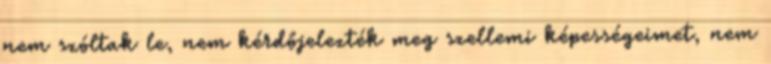
nem szóltak le, nem kérdőjelezték meg szellemi képességeimet, nem